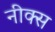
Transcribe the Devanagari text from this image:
नीक्स